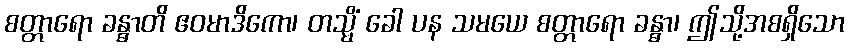
စတ္တာရော ခန္ဓာတိ ဧဝမာဒိကော၊ တသ္မိံ ခေါ ပန သမယေ စတ္တာရော ခန္ဓာ၊ ဤသို့အစရှိသော